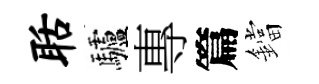
聒驢專篇鐺